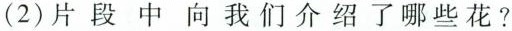
(2)片段中向我们介绍了哪些花?